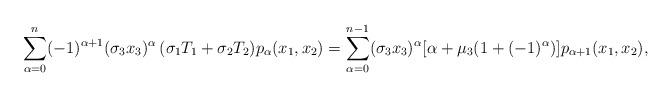
LaTeX: \begin{align*} \sum_{\alpha=0}^{n}(-1)^{\alpha+1}(\sigma_3 x_3)^{\alpha}\,(\sigma_1 T_1+\sigma_2 T_2)p_{\alpha}(x_1,x_2)= \sum_{\alpha=0}^{n-1}(\sigma_3 x_3)^{\alpha}[\alpha+\mu_3(1+(-1)^{\alpha})]p_{\alpha+1}(x_1,x_2),\end{align*}